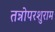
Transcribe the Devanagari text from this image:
तन्नोपरशुराम